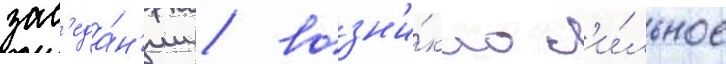
зас'еда́н'ии / возн'и́кло с'и́льное